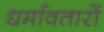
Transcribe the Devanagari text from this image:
धर्मावतारों